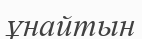
ұнайтын